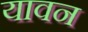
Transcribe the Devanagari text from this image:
यावन